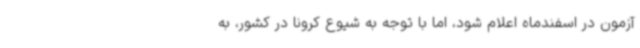
آزمون در اسفندماه اعلام شود، اما با توجه به شیوع کرونا در کشور، به